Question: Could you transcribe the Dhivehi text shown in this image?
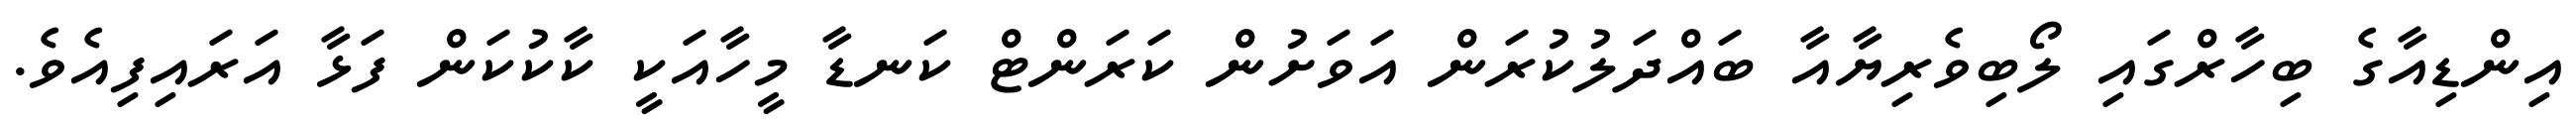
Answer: އިންޑިއާގެ ބިހާރްގައި ލޯބިވެރިޔާއާ ބައްދަލުކުރަން އަވަށުން ކަރަންޓް ކަނޑާ މީހާއަކީ ކާކުކަން ފަޅާ އަރައިފިއެވެ.